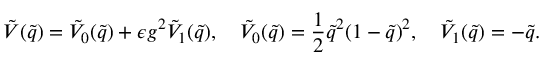
\tilde { V } ( \tilde { q } ) = \tilde { V } _ { 0 } ( \tilde { q } ) + \epsilon g ^ { 2 } \tilde { V } _ { 1 } ( \tilde { q } ) , \quad \tilde { V } _ { 0 } ( \tilde { q } ) = \frac { 1 } { 2 } \tilde { q } ^ { 2 } ( 1 - \tilde { q } ) ^ { 2 } , \quad \tilde { V } _ { 1 } ( \tilde { q } ) = - \tilde { q } .